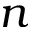
n